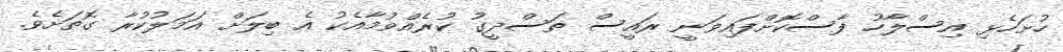
ހުށަހެޅި އިސްލާހު ފާސްކޮށްފައިވަނީ ރައީސް ތަސްދީގު ކުރެއްވުމާއެކު އެ ބިލަށް އަމަލުކުރާ ގޮތަށެވެ.